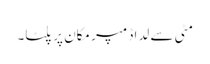
مٹی سے لدا ڈمپر مکان پر پلٹا۔